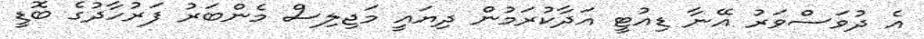
އެ ދުވަސްވަރު އޭނާ ޑިއުޓީ އަދާކުރަމުން ދިޔައީ މަޖިލިސް މެންބަރު ފަރުހާދުގެ ބޮޑީ